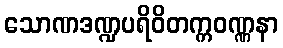
သောဏဒဏ္ဍပရိဝိတက္ကဝဏ္ဏနာ